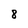
Character: 8